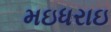
મઇધરાઇ